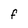
Character: F